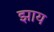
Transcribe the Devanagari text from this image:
झाय